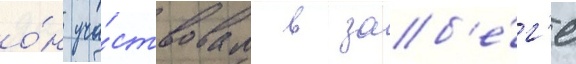
о́н уча́ствовал в заб'е́г'е